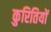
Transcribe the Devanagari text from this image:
कुरितियों